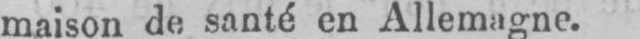
maison de santé en Allemagne.